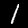
Label: 1